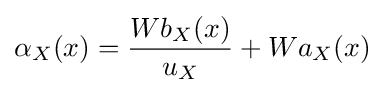
\alpha _{X}(x)={\frac {Wb_{X}(x)}{u_{X}}}+Wa_{X}(x)\,\!